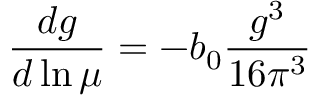
\frac { d g } { d \ln \mu } = - b _ { 0 } \frac { g ^ { 3 } } { 1 6 \pi ^ { 3 } }